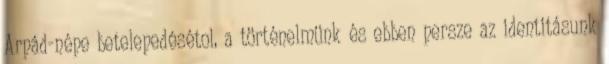
Arpád-népe betelepedésétol, a történelmünk és ebben persze az identitásunk